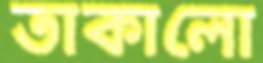
তাকালো